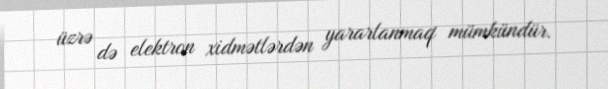
üzrə də elektron xidmətlərdən yararlanmaq mümkündür.